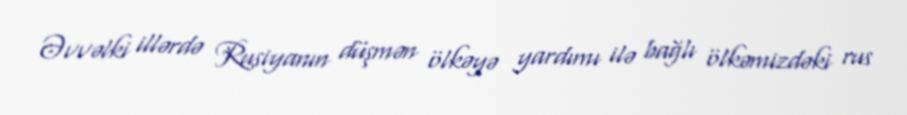
Əvvəlki illərdə Rusiyanın düşmən ölkəyə yardımı ilə bağlı ölkəmizdəki rus